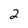
Character: 2